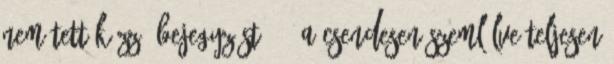
nem tett közzé bejegyzést. 3. A Csendesen szemlélve teljesen